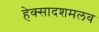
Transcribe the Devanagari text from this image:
हेक्सादशमलव